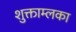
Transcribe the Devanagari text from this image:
शुक्ताम्लका